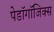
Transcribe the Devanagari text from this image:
पेडॉगॉजिक्स